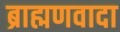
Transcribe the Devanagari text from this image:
ब्राह्मणवादा